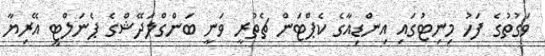
ވަގުތުގެ ފަހު މިނިޓުގައި އިންޑިއާގެ ކެޕްޓަން ޗެތުރީ ވަނީ ބަންގްލަދޭޝްގެ ޕެނަލްޓީ އޭރިޔާ